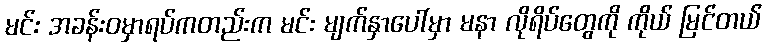
မင်း အခန်းဝမှာရပ်ကတည်းက မင်း မျက်နှာပေါ်မှာ မနာ လိုရိပ်တွေကို ကိုယ် မြင်တယ်